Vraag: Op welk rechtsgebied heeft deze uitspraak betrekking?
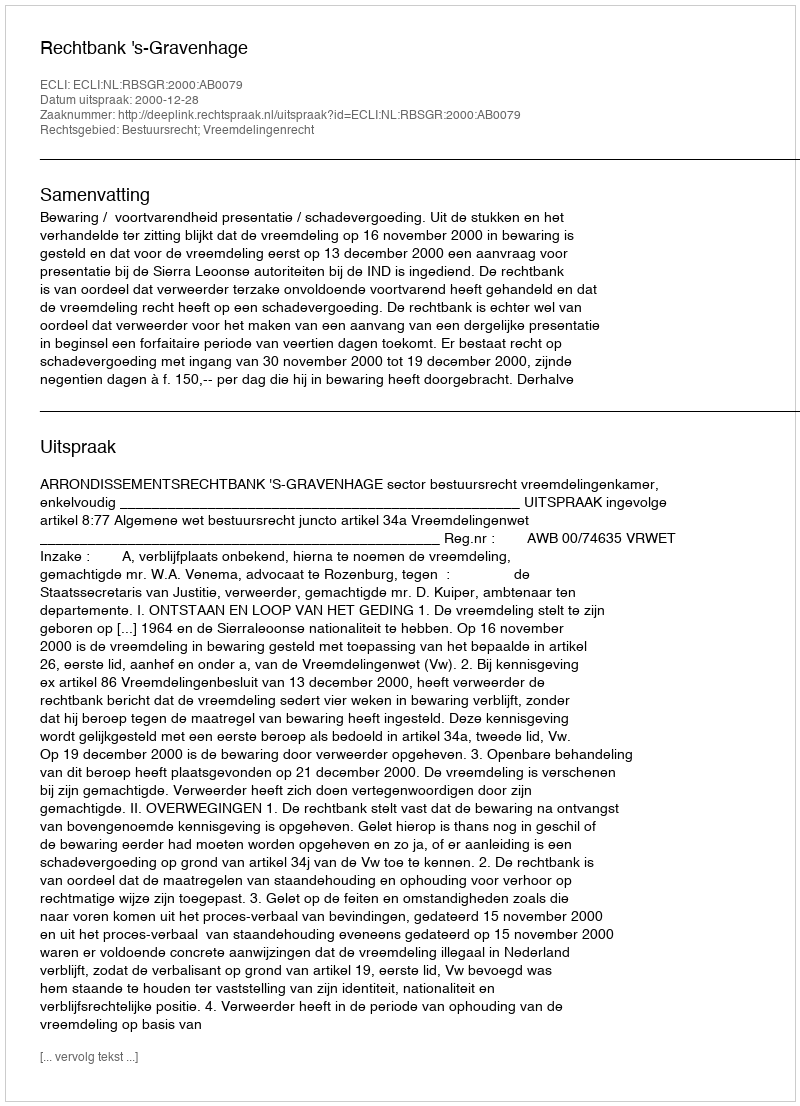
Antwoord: Bestuursrecht; Vreemdelingenrecht